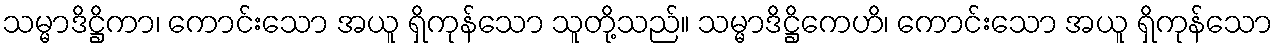
သမ္မာဒိဋ္ဌိကာ၊ ကောင်းသော အယူ ရှိကုန်သော သူတို့သည်။ သမ္မာဒိဋ္ဌိကေဟိ၊ ကောင်းသော အယူ ရှိကုန်သော